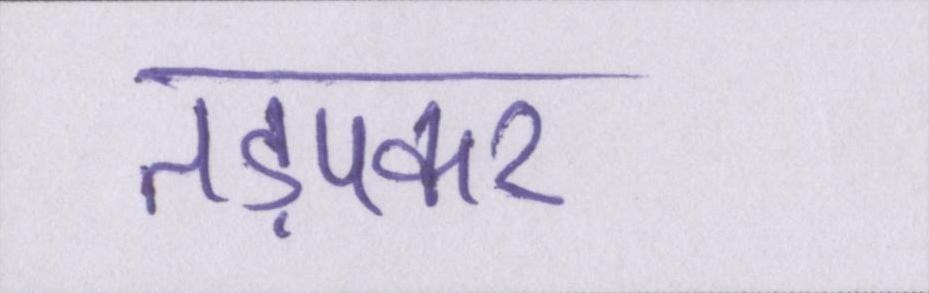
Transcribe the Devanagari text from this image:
तड़पकर